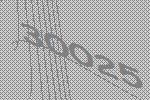
30025